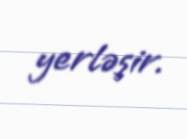
yerləşir.